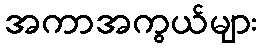
အကာအကွယ်များ